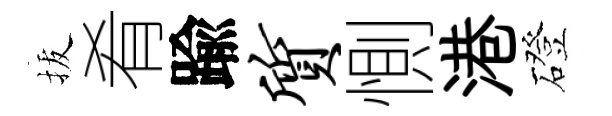
拔肴踰质惻港磴